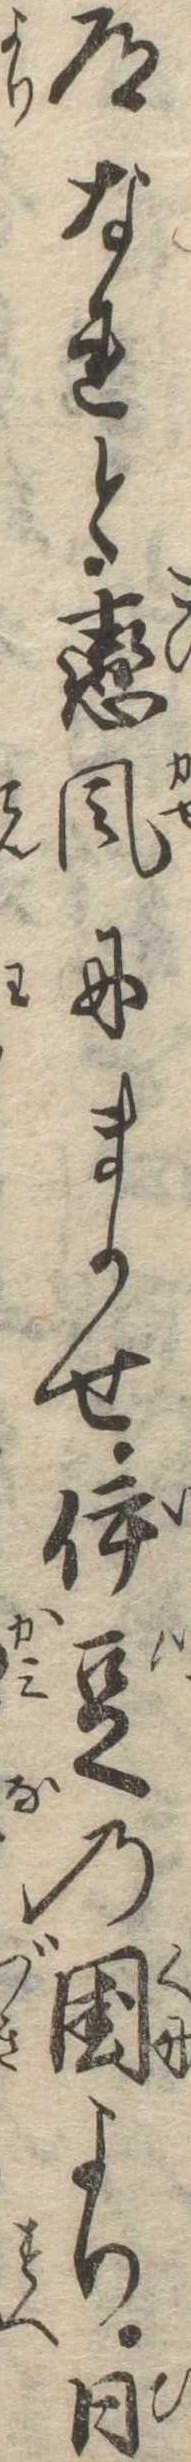
道なれと恋風にまかせ伊豆の国より日